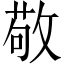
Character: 敬